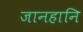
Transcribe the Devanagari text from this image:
जानहानि